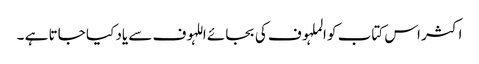
اکثر اس کتاب کو الملہوف کی بجائے اللہوف سے یاد کیا جاتا ہے ۔